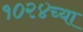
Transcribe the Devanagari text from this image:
१०२४च्या